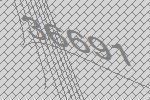
36691